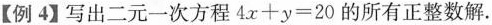
【例4】写出二元一次方程$$4x + y = 2 0$$的所有正整数解.